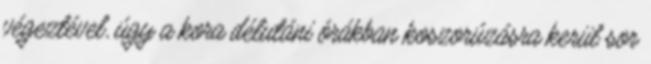
végeztével, úgy a kora délutáni órákban koszorúzásra kerül sor